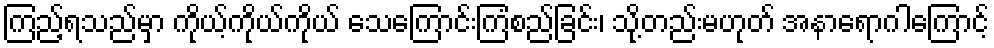
ကြည့်ရသည်မှာ ကိုယ့်ကိုယ်ကိုယ် သေကြောင်းကြံစည်ခြင်း၊ သို့တည်းမဟုတ် အနာရောဂါကြောင့်